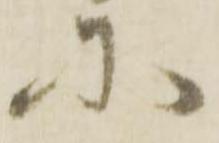
に